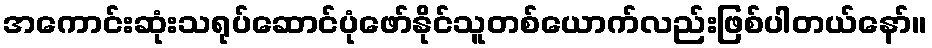
အကောင်းဆုံးသရုပ်ဆောင်ပုံဖော်နိုင်သူတစ်ယောက်လည်းဖြစ်ပါတယ်နော်။